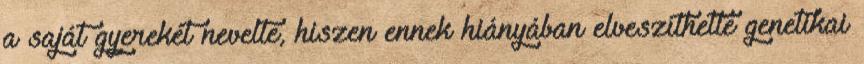
a saját gyerekét nevelte, hiszen ennek hiányában elveszíthette genetikai